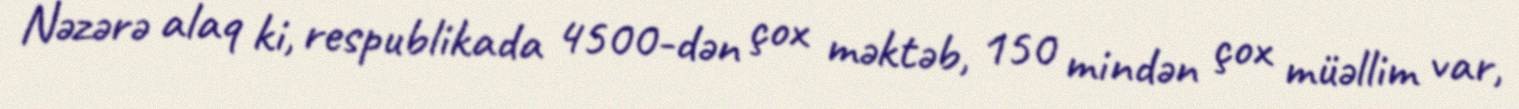
Nəzərə alaq ki, respublikada 4500-dən çox məktəb, 150 mindən çox müəllim var,